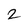
Character: 2